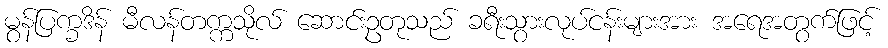
မွန်ပြက္ခဒိန် မီလန်တက္ကသိုလ် ဆောင်းဥတုသည် ခရီးသွားလုပ်ငန်းများအား အရေအတွက်ဖြင့်